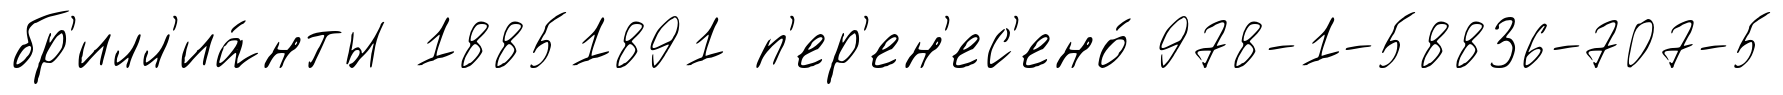
бр'илл'иа́нты 18851891 п'ер'ен'ес'ено́ 978-1-58836-707-5